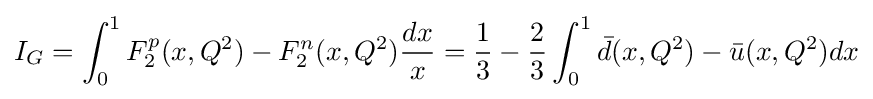
I_{G}=\int _{0}^{1}F_{2}^{p}(x,Q^{2})-F_{2}^{n}(x,Q^{2}){\frac {dx}{x}}={\frac {1}{3}}-{\frac {2}{3}}\int _{0}^{1}{\bar {d}}(x,Q^{2})-{\bar {u}}(x,Q^{2})dx